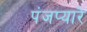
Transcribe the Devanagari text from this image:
पंजप्यारे